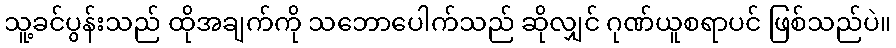
သူ့ခင်ပွန်းသည် ထိုအချက်ကို သဘောပေါက်သည် ဆိုလျှင် ဂုဏ်ယူစရာပင် ဖြစ်သည်ပဲ။